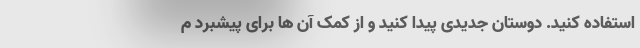
استفاده کنید. دوستان جدیدی پیدا کنید و از کمک آن ها برای پیشبرد م